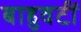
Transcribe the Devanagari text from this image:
बाहुवटीं